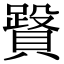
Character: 𧷥